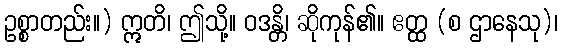
ဥစ္စာတည်း။) ဣတိ၊ ဤသို့။ ဝဒန္တိ၊ ဆိုကုန်၏။ ဧတ္ထ (စ ဌာနေသု)၊